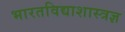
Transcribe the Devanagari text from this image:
भारतविद्याशास्त्रज्ञ